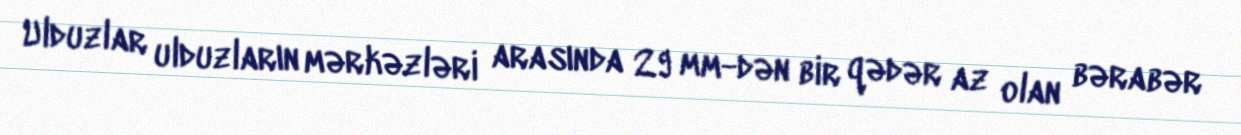
Ulduzlar ulduzların mərkəzləri arasında 29 mm-dən bir qədər az olan bərabər